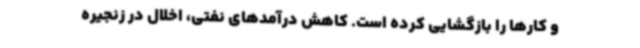
و کارها را بازگشایی کرده است. کاهش درآمدهای نفتی، اخلال در زنجیره